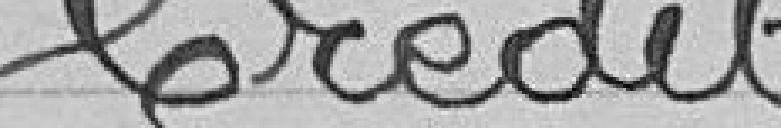
Crédit